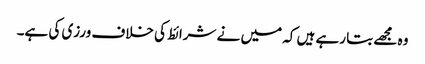
وہ مجھے بتا رہے ہیں کہ میں نے شرائط کی خلاف ورزی کی ہے۔